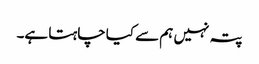
پتہ نہیں ہم سے کیا چاہتا ہے۔